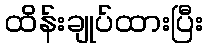
ထိန်းချုပ်ထားပြီး